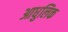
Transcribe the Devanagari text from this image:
आधुलिक